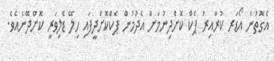
އެގޮތުން އޯޑަރ ކުރާއިރު ޕެކް ކޮށްދިނުމަށް އެދުމުން ޕެކްކޮށްދީފައި ހިލޭ ޑެލިވަރީ ކޮށްދޭނެއެވެ.